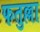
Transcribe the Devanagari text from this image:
फतुल्ला